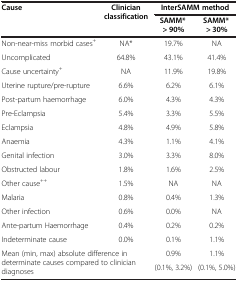
| <ROWSPAN=2> Cause | <ROWSPAN=2> Clinician classification | <COLSPAN=2> InterSAMM method |
 | SAMM* > 90% | SAMM* > 30% |
 | --- | --- | --- | --- |
 | Non-near-miss morbid cases+ | NA* | 19.7% | NA |
 | Uncomplicated | 64.8% | 43.1% | 41.4% |
 | Cause uncertainty+ | NA | 11.9% | 19.8% |
 | Uterine rupture/pre-rupture | 6.6% | 6.2% | 6.1% |
 | Post-partum haemorrhage | 6.0% | 4.3% | 4.3% |
 | Pre-Eclampsia | 5.4% | 3.3% | 5.5% |
 | Eclampsia | 4.8% | 4.9% | 5.8% |
 | Anaemia | 4.3% | 1.1% | 4.1% |
 | Genital infection | 3.0% | 3.3% | 8.0% |
 | Obstructed labour | 1.8% | 1.6% | 2.5% |
 | Other cause++ | 1.5% | NA | NA |
 | Malaria | 0.8% | 0.4% | 1.3% |
 | Other infection | 0.6% | 0.0% | NA |
 | Ante-partum Haemorrhage | 0.4% | 0.2% | 0.2% |
 | Indeterminate cause | 0.0% | 0.1% | 1.1% |
 | <ROWSPAN=2-COLSPAN=2> Mean (min, max) absolute difference in determinate causes compared to clinician diagnoses | 0.9% | 1.1% |
 | (0.1%, 3.2%) | (0.1%, 5.0%) |